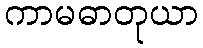
ကာမဓာတုယာ